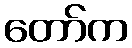
တော်က